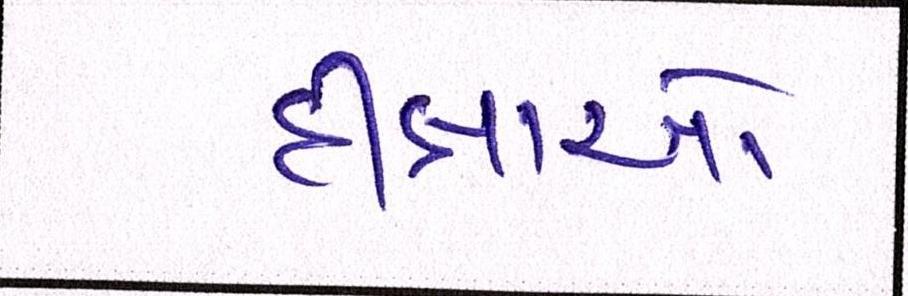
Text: દીક્ષાઓ